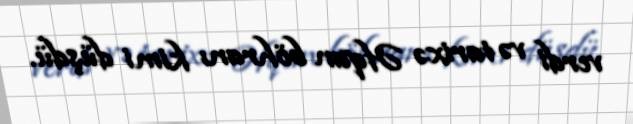
verdi və tarixə Əfqan böhranı kimi düşdü.